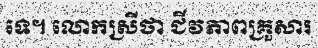
ទេ។ លោកស្រីថា ជីវភាពគ្រួសារ